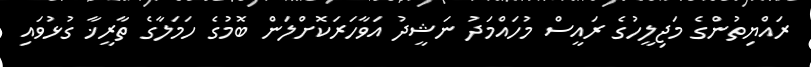
ރައްޔިތުންގެ މަޖިލީހުގެ ރައީސް މުހައްމަދު ނަޝީދު އަވާހަރަކޮށްލަން ބޮމުގެ ހަމަލާގެ ތާރީޚާ ގުޅުވައި